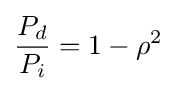
{\frac {P_{d}}{P_{i}}}=1-\rho ^{2}